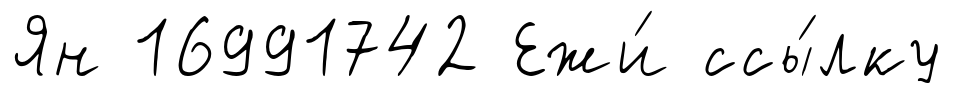
Ян 16991742 Ежи́ ссы́лку